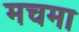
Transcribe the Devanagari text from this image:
मचमा